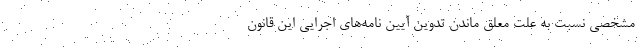
مشخصی نسبت به علت معلق ماندن تدوین آیین نامه‌های اجرایی این قانون